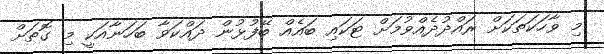
މި ވާހަކަތަކަށް ރައްދުދެއްވުމަށް ޓަކައި ބައެއް ބޭފުޅުން ދައްކަވާ ބަހަނާއަކީ މި ގޮތަށް